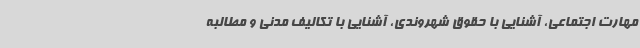
مهارت اجتماعی، آشنایی با حقوق شهروندی، آشنایی با تکالیف مدنی و مطالبه